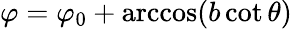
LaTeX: \varphi=\varphi_{0}+\operatorname{arccos}(b\cot\theta)